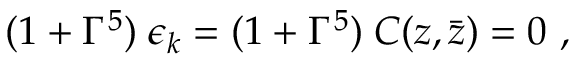
( 1 + \Gamma ^ { 5 } ) \; \epsilon _ { k } = ( 1 + \Gamma ^ { 5 } ) \; C ( z , \bar { z } ) = 0 \ ,